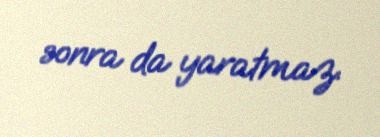
sonra da yaratmaz.